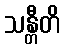
သန္တီတိ